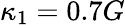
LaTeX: \kappa_{1}=0.7G